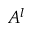
A ^ { l }